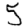
Digit: 5